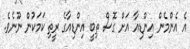
އެ އެންމެން އިންޑިއާ އަށް ގޮސް ތިބީ އިންޑިއާގެ ރީތި ކަމަކުން ނޫނެވެ.